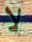
لا